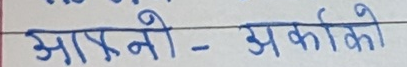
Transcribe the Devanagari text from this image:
आफ्नो – अर्काको